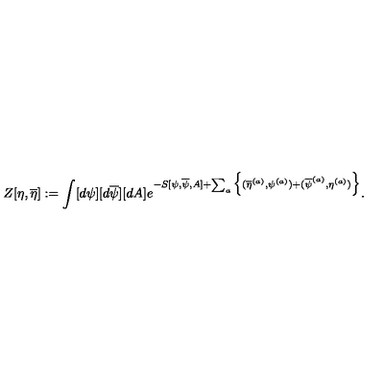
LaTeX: Z [ \eta , \overline { { \eta } } ] : = \int [ d \psi ] [ d \overline { { \psi } } ] [ d A ] e ^ { - S [ \psi , \overline { { \psi } } , A ] + \sum _ { a } \Big \{ ( \overline { { \eta } } ^ { ( a ) } , \psi ^ { ( a ) } ) + ( \overline { { \psi } } ^ { ( a ) } , \eta ^ { ( a ) } ) \Big \} } .